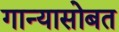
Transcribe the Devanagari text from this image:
गान्यासोबत